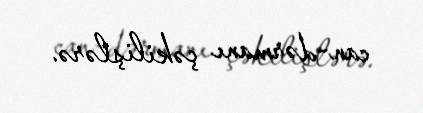
can-dərmanı çəkilişlərə.